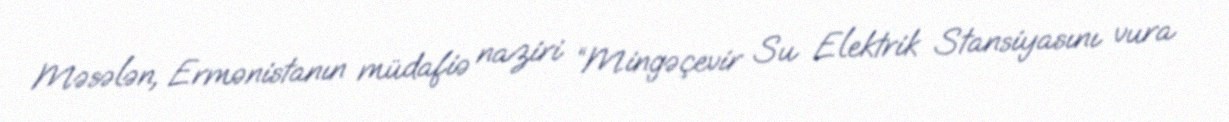
Məsələn, Ermənistanın müdafiə naziri “Mingəçevir Su Elektrik Stansiyasını vura